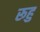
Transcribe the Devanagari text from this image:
रूहु